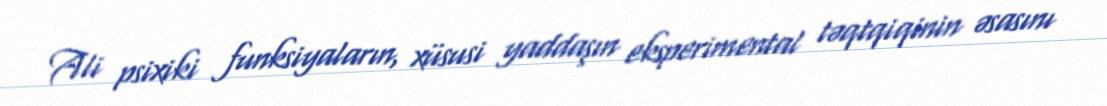
Ali psixiki funksiyaların, xüsusi yaddaşın eksperimental təqtqiqinin əsasını